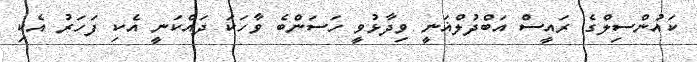
ކައުންސިލްގެ ރައީސް އަބްދުލްޣަނީ ވިދާޅުވީ ހަސަންބެ ވާހަކަ ދައްކަނީ އެކި ފަހަރު އެކި